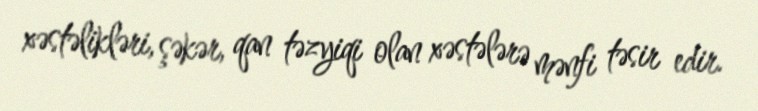
xəstəlikləri, şəkər, qan təzyiqi olan xəstələrə mənfi təsir edir.